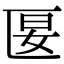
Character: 匽